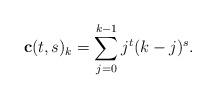
LaTeX: \begin{align*} {\bf c}(t,s)_{k}=\sum^{k-1}_{j=0}j^{t}(k-j)^{s}.\end{align*}